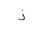
Letter: _thal